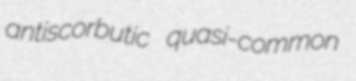
antiscorbutic quasi-common